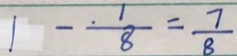
1 - \frac { 1 } { 8 } = \frac { 7 } { 8 }